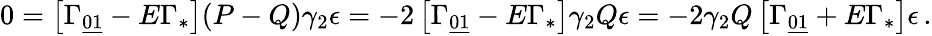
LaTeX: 0=\left[\Gamma_{\underline{{{01}}}}-E\Gamma_{*}\right](P-Q)\gamma_{2}\epsilon=-2\left[\Gamma_{\underline{{{01}}}}-E\Gamma_{*}\right]\gamma_{2}Q\epsilon=-2\gamma_{2}Q\left[\Gamma_{\underline{{{01}}}}+E\Gamma_{*}\right]\epsilon\, .